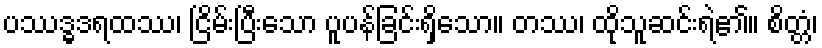
ပဿဒ္ဓဒရထဿ၊ ငြိမ်းပြီးသော ပူပန်ခြင်းရှိသော။ တဿ၊ ထိုသူဆင်းရဲ၏။ စိတ္တံ၊